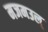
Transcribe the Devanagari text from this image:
मजमउल्